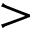
>